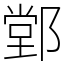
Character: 䣘